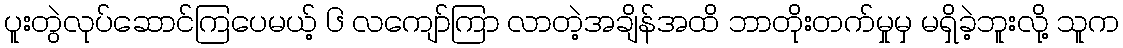
ပူးတွဲလုပ်ဆောင်ကြပေမယ့် ၆ လကျော်ကြာ လာတဲ့အချိန်အထိ ဘာတိုးတက်မှုမှ မရှိခဲ့ဘူးလို့ သူက